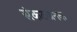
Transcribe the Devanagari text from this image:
संकटजनक